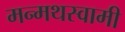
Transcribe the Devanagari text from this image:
मन्मथस्वामी